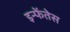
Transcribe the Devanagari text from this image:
इन्फेंतेस